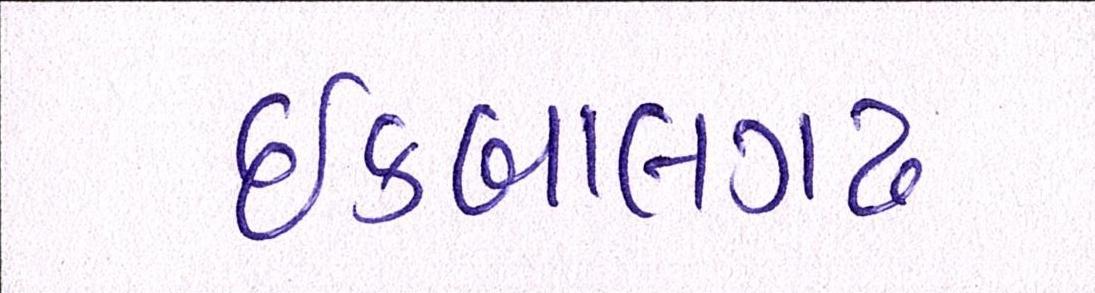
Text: ઇકબાલગઢ